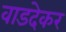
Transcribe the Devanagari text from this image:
वाडदेकर